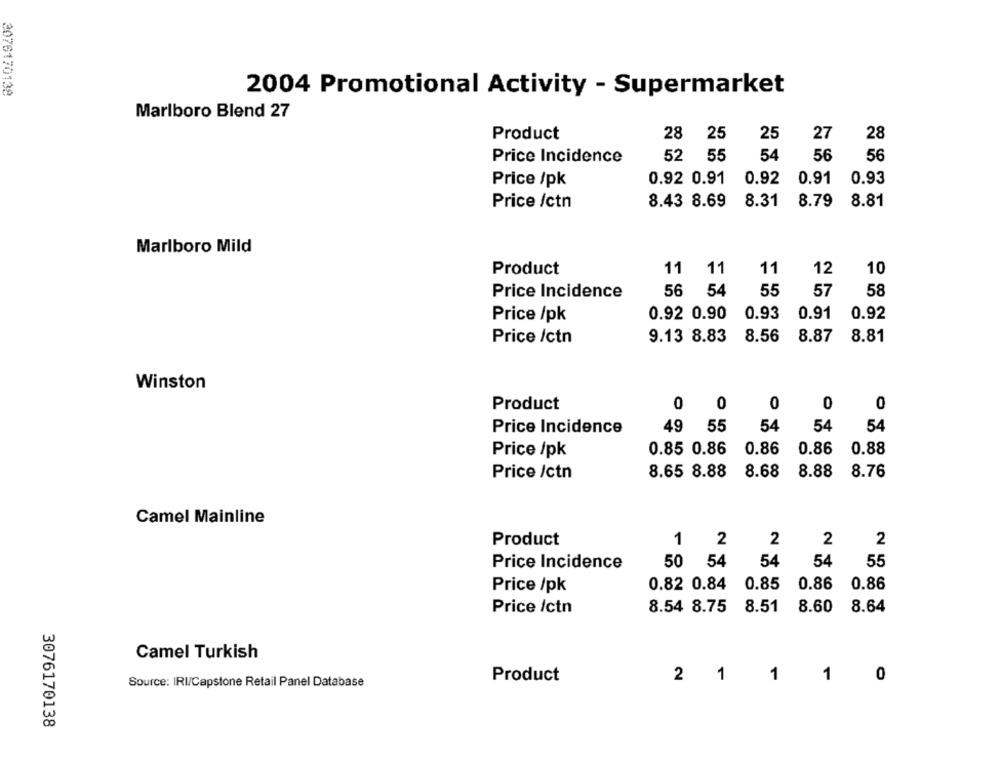
3076170138
2004 Promotional Activity - Supermarket
Marlboro Blend 27
Product
28
25
25
27
28
Price Incidence
52
55
54
56
56
Price /pk
0.92 0.91
0.92
0.91
0.93
Price /ctn
8.43 8.69
8.31
8.79 8.81
Marlboro Mild
Product
11 11
11
12
10
Price Incidence
56
54
55
57
58
Price /pk
0.92 0.90
0.93
0.91
0.92
Price /ctn
9.13 8.83
8.56
8.87
8.81
Winston
0
0
Product
0
0
0
54
54
54
Price Incidence
49 55
Price /pk
0.85 0.86
0.86
0.86
0.88
8.76
Price /ctn
8.65 8.88
8.68
8.88
Camel Mainline
Product
2
2
2
1 2
50 54
54
54
55
Price Incidence
0.82 0.84
0.85
0.86
0.86
Price /pk
Price /ctn
8.54 8.75
8.51
8.60
8.64
Camel Turkish
2 1
1
1
0
Source: IRI/Capstone Retail Panel Database
Product
3076170138